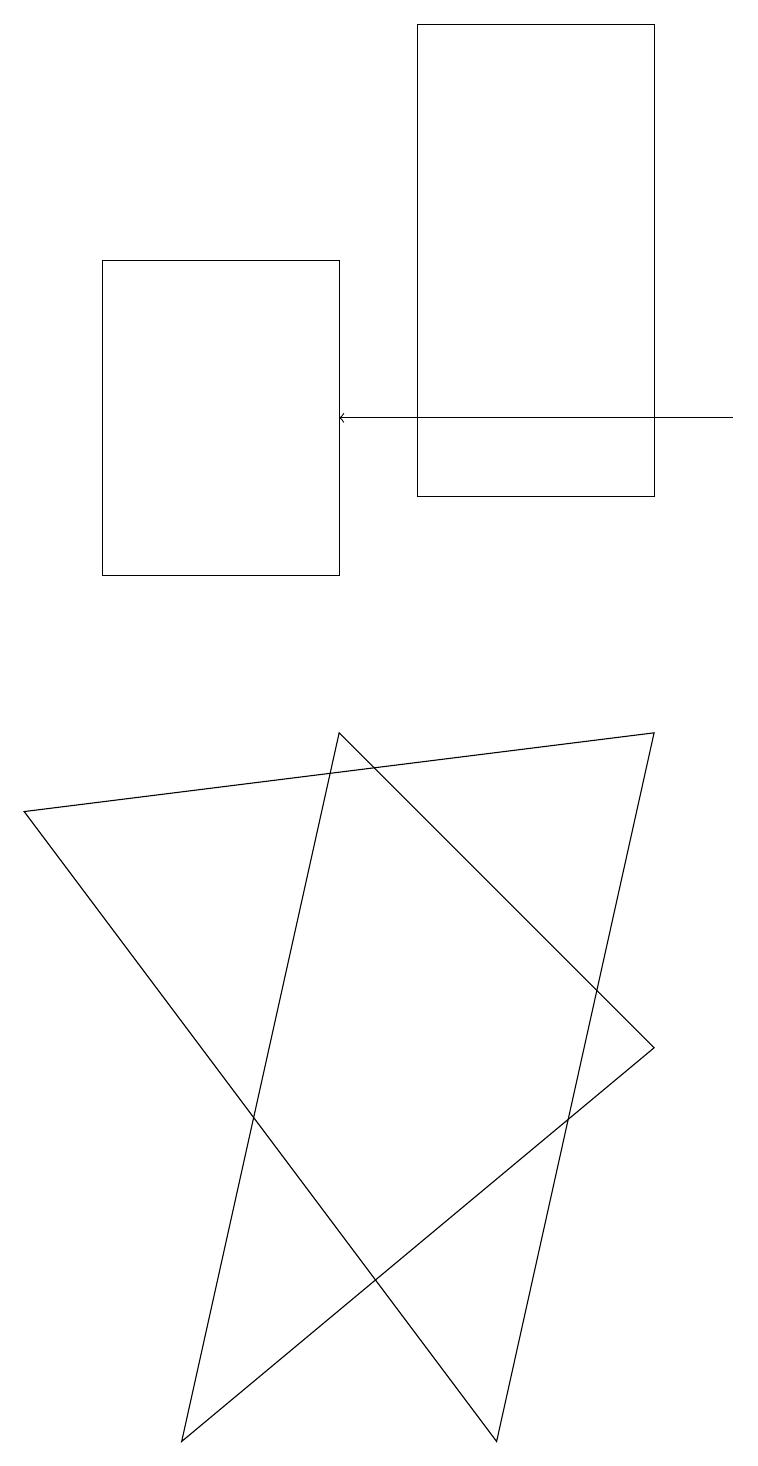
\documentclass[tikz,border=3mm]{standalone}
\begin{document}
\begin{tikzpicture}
\draw (8,5) -- (2,0) -- (4,9) -- cycle;
\draw (0,8) -- (8,9) -- (6,0) -- cycle;
\draw (8,18) rectangle (5,12);
\draw (1,11) rectangle (4,15);
\draw[->] (9,13) -- (4,13);
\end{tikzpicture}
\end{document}